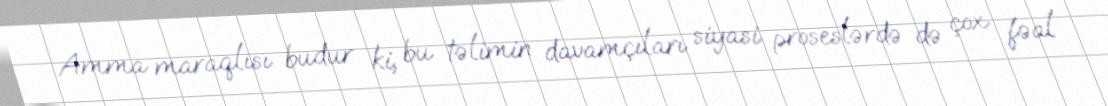
Amma maraqlısı budur ki, bu təlimin davamçıları siyasi proseslərdə də çox fəal